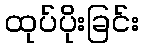
ထုပ်ပိုးခြင်း